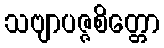
သဗျာပဇ္ဇစိတ္တော